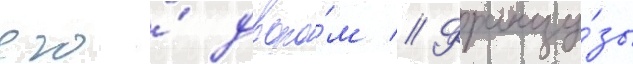
его́ дворо́м // Францу́зы